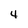
Character: 4